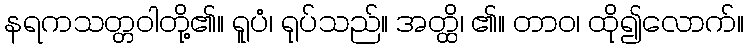
နရကသတ္တဝါတို့၏။ ရူပံ၊ ရုပ်သည်။ အတ္ထိ၊ ၏။ တာဝ၊ ထို၍လောက်။